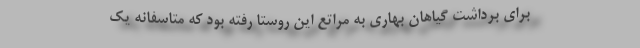
برای برداشت گیاهان بهاری به مراتع این روستا رفته بود که متاسفانه یک